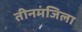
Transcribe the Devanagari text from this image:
तीनमंजिला